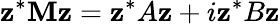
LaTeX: \mathbf{z}^{*}\mathbf{M}\mathbf{z}=\mathbf{z}^{*}A\mathbf{z}+i\mathbf{z}^{*}B\mathbf{z}